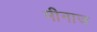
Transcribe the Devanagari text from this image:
मीनाज